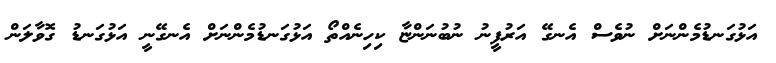
އަޅުގަނޑުމެންނަށް ނުވެސް އެނގޭ އަރުފީނު ނުބުނަންޏާ ކިހިނެއްތޯ އަޅުގަނޑުމެންނަށް އެނގޭނީ އަޅުގަނޑު ގޮވާލަން